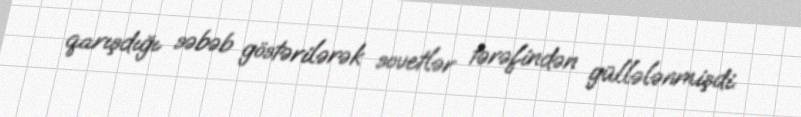
qarışdığı səbəb göstərilərək sovetlər tərəfindən güllələnmişdi.